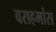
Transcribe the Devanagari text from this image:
वराहमांस